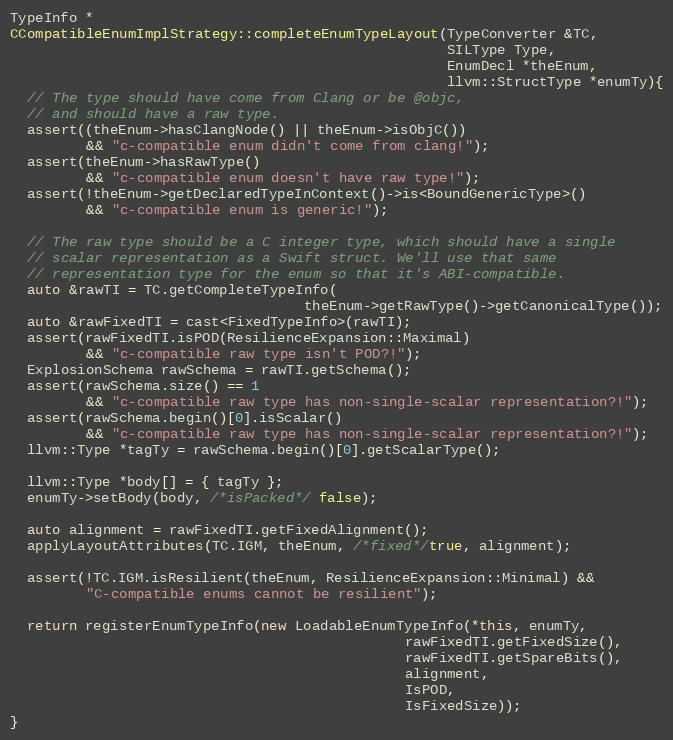
Language: C++
TypeInfo *
CCompatibleEnumImplStrategy::completeEnumTypeLayout(TypeConverter &TC,
                                                    SILType Type,
                                                    EnumDecl *theEnum,
                                                    llvm::StructType *enumTy){
  // The type should have come from Clang or be @objc,
  // and should have a raw type.
  assert((theEnum->hasClangNode() || theEnum->isObjC())
         && "c-compatible enum didn't come from clang!");
  assert(theEnum->hasRawType()
         && "c-compatible enum doesn't have raw type!");
  assert(!theEnum->getDeclaredTypeInContext()->is<BoundGenericType>()
         && "c-compatible enum is generic!");

  // The raw type should be a C integer type, which should have a single
  // scalar representation as a Swift struct. We'll use that same
  // representation type for the enum so that it's ABI-compatible.
  auto &rawTI = TC.getCompleteTypeInfo(
                                   theEnum->getRawType()->getCanonicalType());
  auto &rawFixedTI = cast<FixedTypeInfo>(rawTI);
  assert(rawFixedTI.isPOD(ResilienceExpansion::Maximal)
         && "c-compatible raw type isn't POD?!");
  ExplosionSchema rawSchema = rawTI.getSchema();
  assert(rawSchema.size() == 1
         && "c-compatible raw type has non-single-scalar representation?!");
  assert(rawSchema.begin()[0].isScalar()
         && "c-compatible raw type has non-single-scalar representation?!");
  llvm::Type *tagTy = rawSchema.begin()[0].getScalarType();

  llvm::Type *body[] = { tagTy };
  enumTy->setBody(body, /*isPacked*/ false);

  auto alignment = rawFixedTI.getFixedAlignment();
  applyLayoutAttributes(TC.IGM, theEnum, /*fixed*/true, alignment);

  assert(!TC.IGM.isResilient(theEnum, ResilienceExpansion::Minimal) &&
         "C-compatible enums cannot be resilient");

  return registerEnumTypeInfo(new LoadableEnumTypeInfo(*this, enumTy,
                                               rawFixedTI.getFixedSize(),
                                               rawFixedTI.getSpareBits(),
                                               alignment,
                                               IsPOD,
                                               IsFixedSize));
}